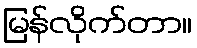
မြန်လိုက်တာ။